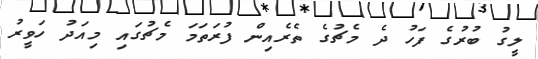
ލީގު ބުރުގެ ފަހު ދެ މެޗުގެ ތެރެއިން ފުރަތަމަ މެޗުގައި މިއަދު ހަވީރު